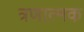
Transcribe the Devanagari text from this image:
त्रणात्मक